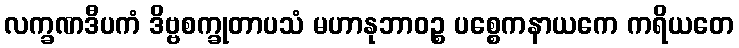
လက္ခဏဒီပကံ ဒိဗ္ဗစက္ခုတာပသံ မဟာနုဘာဝဉ္စ ပစ္စေကနာယကေ ကရိယတေ